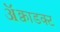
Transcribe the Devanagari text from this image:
ॲक्वाडक्ट